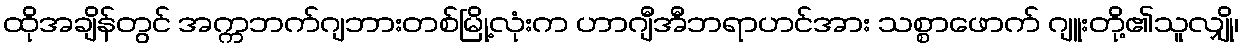
ထိုအချိန်တွင် အက္ကဘက်ဂျဘားတစ်မြို့လုံးက ဟာဂျီအီဘရာဟင်အား သစ္စာဖောက် ဂျူးတို့၏သူလျှို၊